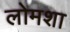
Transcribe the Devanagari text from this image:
लोमशा